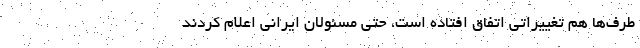
طرف‌ها هم تغییراتی اتفاق افتاده است، حتی مسئولان ایرانی اعلام کردند